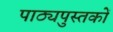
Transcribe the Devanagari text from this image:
पाठ्यपुस्‍तकों